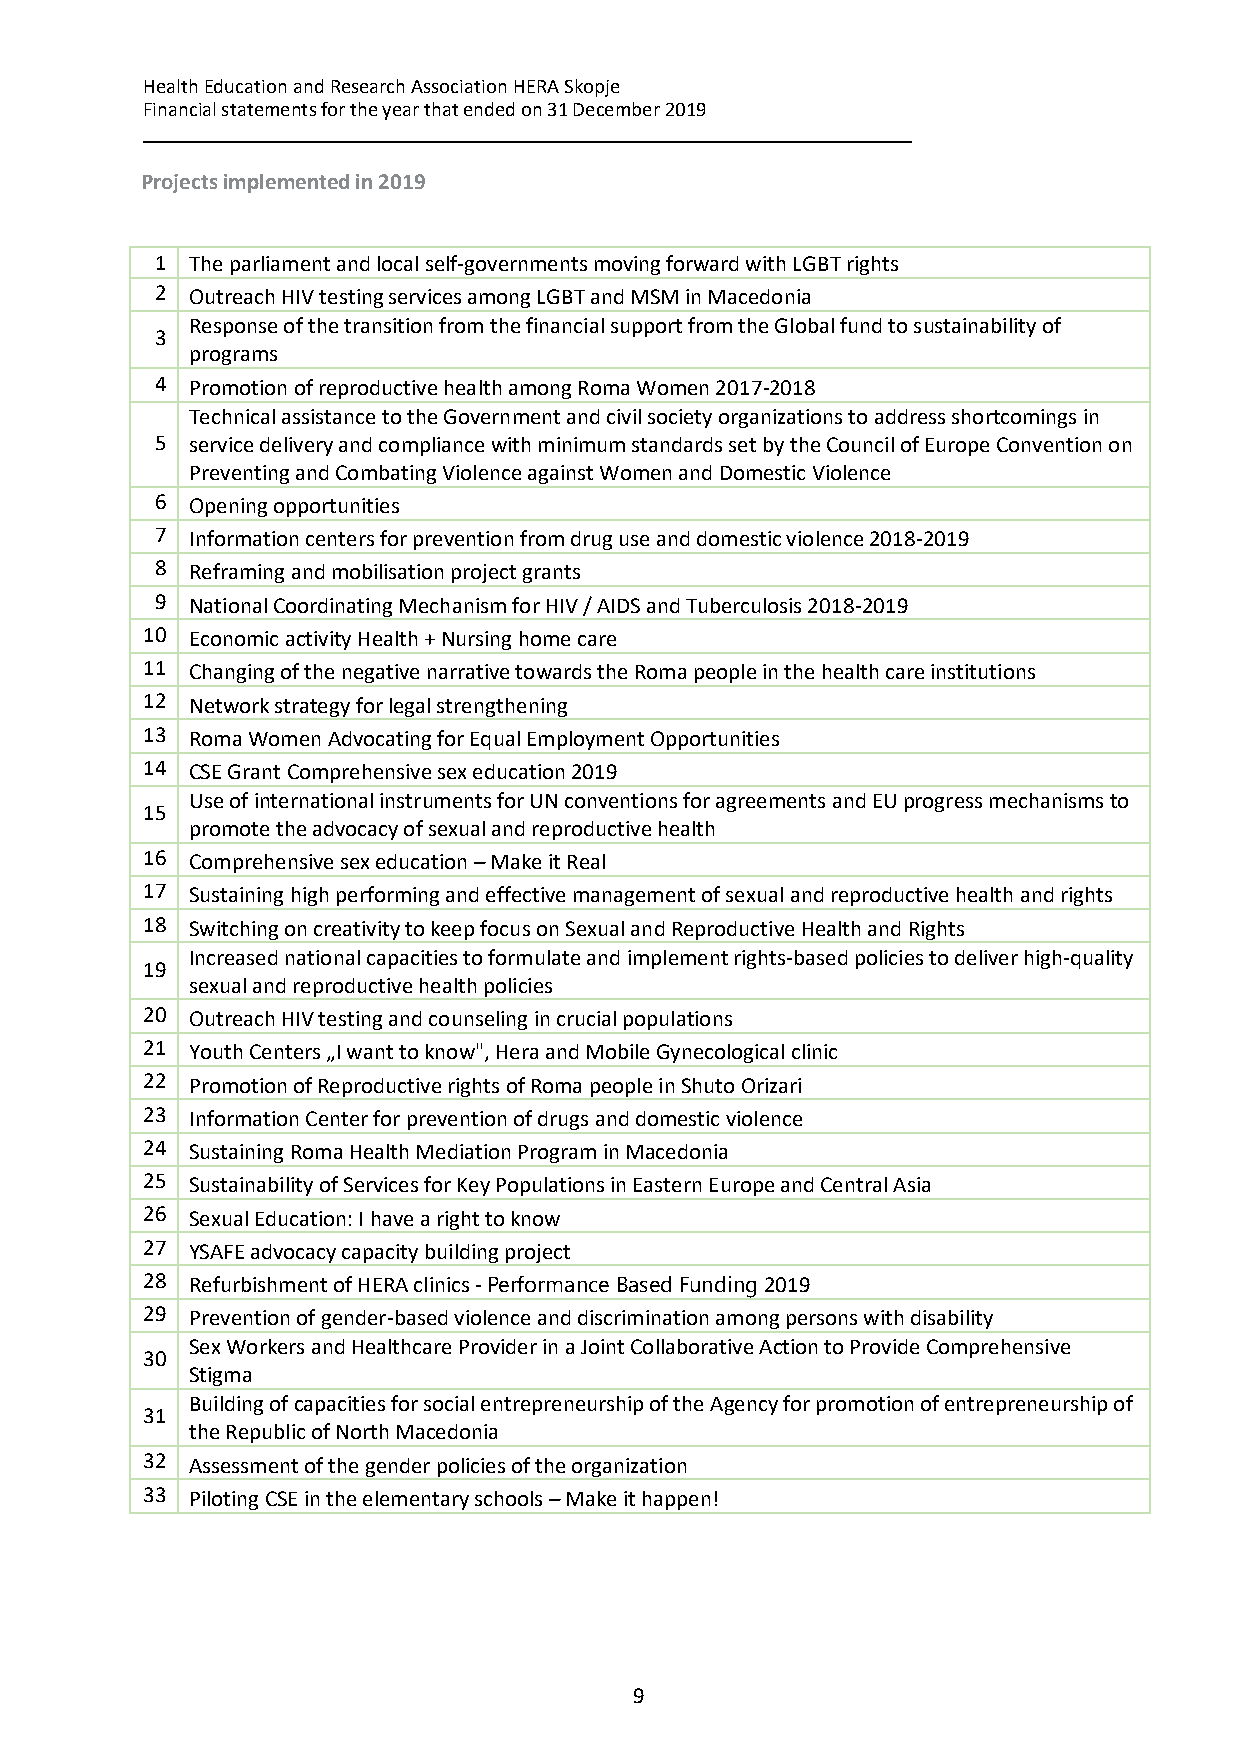
Health Education and Research Association HERA Skopje
 Financial statements for the year that ended on 31 December 2019
 __________________________________________________________________________
 Projects implemented in 2019
 1 The parliament and local self-governments moving forward with LGBT rights
 2 Outreach HIV testing services among LGBT and MSM in Macedonia
 Response of the transition from the financial support from the Global fund to sustainability of
 3
 programs
 4 Promotion of reproductive health among Roma Women 2017-2018
 Technical assistance to the Government and civil society organizations to address shortcomings in
 5 service delivery and compliance with minimum standards set by the Council of Europe Convention on
 Preventing and Combating Violence against Women and Domestic Violence
 6 Opening opportunities
 7 Information centers for prevention from drug use and domestic violence 2018-2019
 8 Reframing and mobilisation project grants
 9 National Coordinating Mechanism for HIV / AIDS and Tuberculosis 2018-2019
 10 Economic activity Health + Nursing home care
 11 Changing of the negative narrative towards the Roma people in the health care institutions
 12 Network strategy for legal strengthening
 13 Roma Women Advocating for Equal Employment Opportunities
 14 CSE Grant Comprehensive sex education 2019
 Use of international instruments for UN conventions for agreements and EU progress mechanisms to
 15
 promote the advocacy of sexual and reproductive health
 16 Comprehensive sex education – Make it Real
 17 Sustaining high performing and effective management of sexual and reproductive health and rights
 18 Switching on creativity to keep focus on Sexual and Reproductive Health and Rights
 Increased national capacities to formulate and implement rights-based policies to deliver high-quality
 19
 sexual and reproductive health policies
 20 Outreach HIV testing and counseling in crucial populations
 21 Youth Centers „I want to know", Hera and Mobile Gynecological clinic
 22 Promotion of Reproductive rights of Roma people in Shuto Orizari
 23 Information Center for prevention of drugs and domestic violence
 24 Sustaining Roma Health Mediation Program in Macedonia
 25 Sustainability of Services for Key Populations in Eastern Europe and Central Asia
 26 Sexual Education: I have a right to know
 27 YSAFE advocacy capacity building project
 28 Refurbishment of HERA clinics - Performance Based Funding 2019
 29 Prevention of gender-based violence and discrimination among persons with disability
 Sex Workers and Healthcare Provider in a Joint Collaborative Action to Provide Comprehensive
 30
 Stigma
 Building of capacities for social entrepreneurship of the Agency for promotion of entrepreneurship of
 31
 the Republic of North Macedonia
 32 Assessment of the gender policies of the organization
 33 Piloting CSE in the elementary schools – Make it happen!
 9